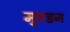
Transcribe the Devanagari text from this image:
मुण्डन